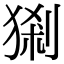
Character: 𤟆